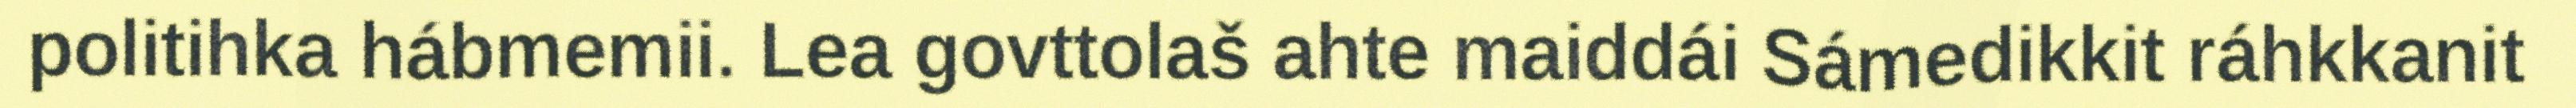
politihka hábmemii. Lea govttolaš ahte maiddái Sámedikkit ráhkkanit